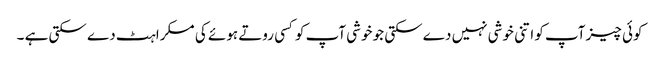
کوئی چیز آپ کو اتنی خوشی نہیں دے سکتی جو خوشی آپ کوکسی روتے ہوئے کی مسکراہٹ دے سکتی ہے ۔